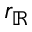
r _ { \mathbb { R } }